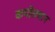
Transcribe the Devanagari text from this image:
कपोलधान